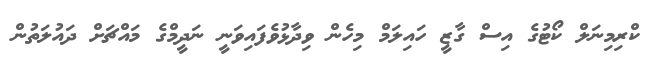
ކްރިމިނަލް ކޯޓުގެ އިސް ގާޒީ ހައިލަމް މިހެން ވިދާޅުވެފައިވަނީ ނަދީމްގެ މައްޗަށް ދައުލަތުން